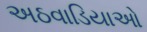
અઠવાડિયાઓ